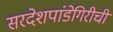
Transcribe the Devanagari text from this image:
सरदेशपांडेगिरीची